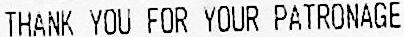
THANK YOU FOR YOUR PATRONAGE